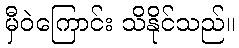
မှီဝဲကြောင်း သိနိုင်သည်။